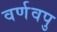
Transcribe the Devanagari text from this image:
वर्णवपु